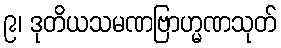
၉၊ ဒုတိယသမဏဗြာဟ္မဏသုတ်